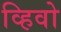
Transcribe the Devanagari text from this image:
व्हिवो